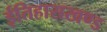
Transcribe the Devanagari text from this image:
ईतिहासखण्ड